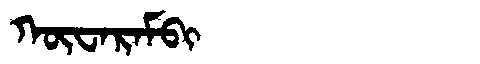
Manchu: ᡴᡡᠸᠠᡵᠠᠮᠪᡳ
Romanization: KŪWARAMBI